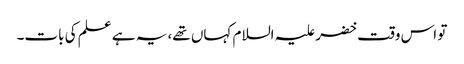
تو اس وقت خضر علیہ السلام کہاں تھے، یہ ہے علم کی بات۔